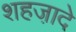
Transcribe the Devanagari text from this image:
शहजा़दे